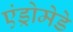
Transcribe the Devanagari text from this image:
एंड्रोमेडे